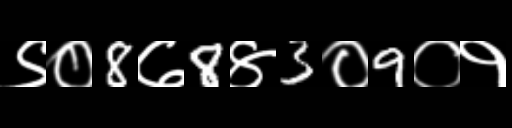
Text: ९०8७8४3०9०१